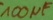
Text: 100µF